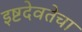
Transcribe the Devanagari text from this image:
इष्टदेवतेचा